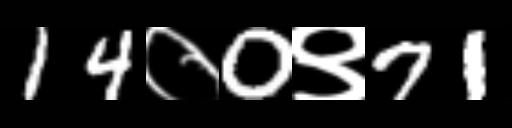
Text: 14०0९71